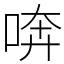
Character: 喯